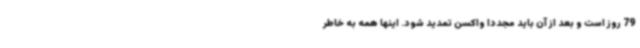
79 روز است و بعد از آن باید مجددا واکسن تمدید شود. اینها همه به خاطر